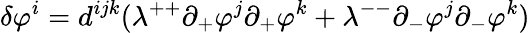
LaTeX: \delta\varphi^{i}=d^{ijk}(\lambda^{++}\partial_{+}\varphi^{j}\partial_{+}\varphi^{k}+\lambda^{--}\partial_{-}\varphi^{j}\partial_{-}\varphi^{k})